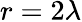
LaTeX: r=2\lambda